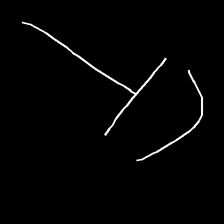
Glyph: dispersion